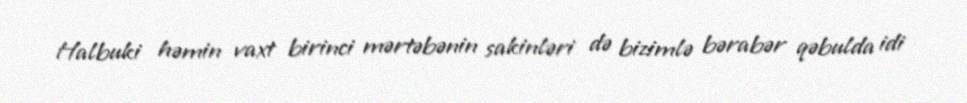
Halbuki həmin vaxt birinci mərtəbənin sakinləri də bizimlə bərabər qəbulda idi